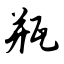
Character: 瓶